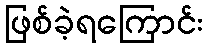
ဖြစ်ခဲ့ရကြောင်း